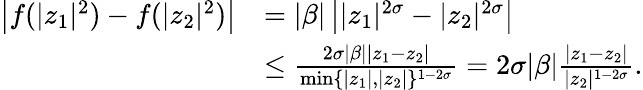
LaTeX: \begin{array}{rl}{\left|f(|z_{1}|^{2})-f(|z_{2}|^{2})\right|}&{=|\beta|\left||z_{1}|^{2\sigma}-|z_{2}|^{2\sigma}\right|}\\ &{\leq\frac{2\sigma|\beta||z_{1}-z_{2}|}{\operatorname*{min}\{ |z_{1}|,|z_{2}|\} ^{1-2\sigma}}=2\sigma|\beta|\frac{|z_{1}-z_{2}|}{|z_{2}|^{1-2\sigma}}.}\end{array}